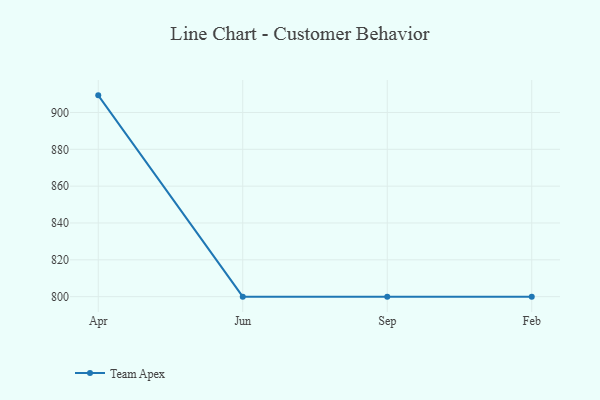
{"axis": {"x": "Month", "y": "Shipments"}, "legend": ["Team Apex"], "data": [{"x": "Apr", "y": 909.3, "type": "Team Apex"}, {"x": "Jun", "y": 800, "type": "Team Apex"}, {"x": "Sep", "y": 800, "type": "Team Apex"}, {"x": "Feb", "y": 800, "type": "Team Apex"}]}